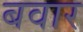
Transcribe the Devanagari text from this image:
बवार